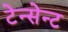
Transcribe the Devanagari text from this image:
टेन्सेन्ट